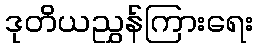
ဒုတိယညွှန်ကြားရေး